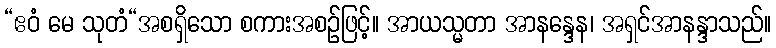
“ဧဝံ မေ သုတံ“အစရှိသော စကားအစဉ်ဖြင့်။ အာယသ္မတာ အာနန္ဒေန၊ အရှင်အာနန္ဒာသည်။